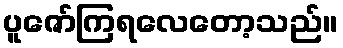
ပူဇော်ကြရလေတော့သည်။